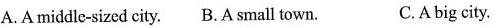
A.A middle-sized city. B.A small town. C.A big city.